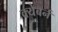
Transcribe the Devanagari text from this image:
क्येबर्न